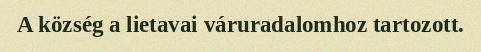
A község a lietavai váruradalomhoz tartozott.